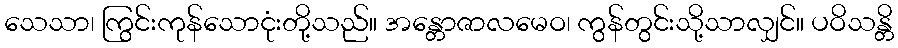
သေသာ၊ ကြွင်းကုန်သောငုံးတို့သည်။ အန္တောဇာလမေဝ၊ ကွန်တွင်းသို့သာလျှင်။ ပဝိသန္တိ